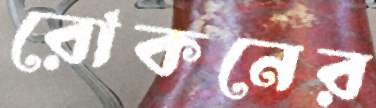
রোকনের